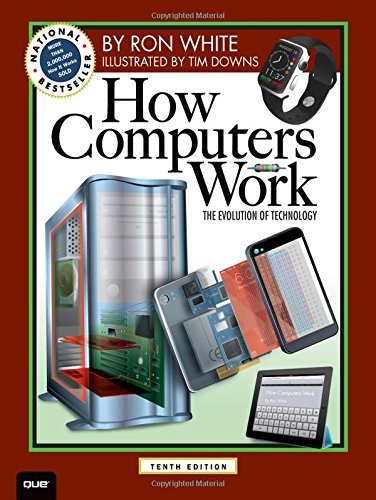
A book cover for How Computers Work: The Evolution of Technology, 10th Edition (How It Works); Ron White; Computers & Technology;